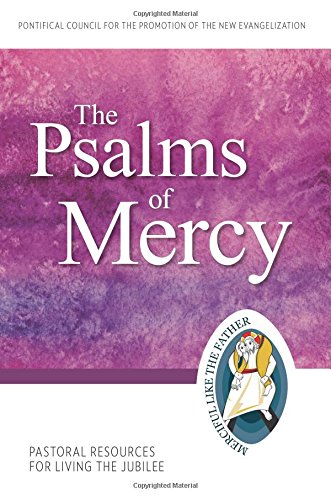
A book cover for The Psalms of Mercy: Pastoral Resources for Living the Jubilee (Jubilee Year of Mercy); Pontifical Council for the Promotion of the New Evangelization; Christian Books & Bibles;